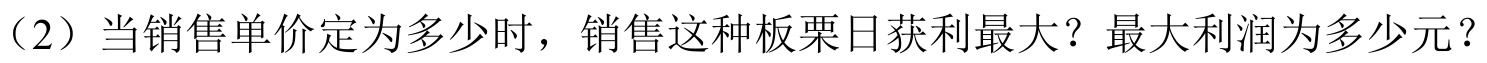
（2）当销售单价定为多少时，销售这种板栗日获利最大？最大利润为多少元？